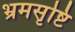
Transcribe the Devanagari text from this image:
भ्रमसृष्टि